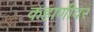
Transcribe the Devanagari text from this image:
कहाणीवर